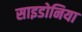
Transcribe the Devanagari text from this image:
साइडोनिया